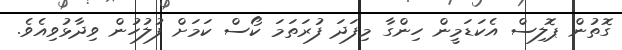
ގޮތުން ޕޮލިސް އެކަޑަމީން ހިންގާ މިފަދަ ފުރަތަމަ ކޯސް ކަމަށް ފުލުހުން ވިދާޅުވިއެވެ.